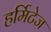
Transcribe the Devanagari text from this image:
हर्मिटेज